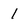
Character: 1